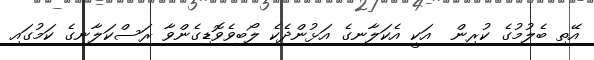
އޭތި ބެލުމުގެ ކުރިން  އަކީ އެކަލާނގެ އަޅުންދެކެ ލޯބިވެވޮޑިގެންވާ ރަސްކަލާނގެ ކަމުގައި